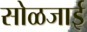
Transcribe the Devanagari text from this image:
सोळजाई